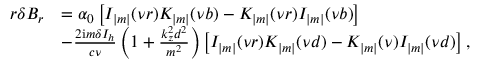
\begin{array} { r } { \begin{array} { r l } { r \delta B _ { r } } & { = \alpha _ { 0 } \left[ I _ { | m | } ( \nu r ) K _ { | m | } ( \nu b ) - K _ { | m | } ( \nu r ) I _ { | m | } ( \nu b ) \right] } \\ & { - \frac { 2 \mathrm { i } m \delta I _ { h } } { c \nu } \left( 1 + \frac { k _ { z } ^ { 2 } d ^ { 2 } } { m ^ { 2 } } \right) \left[ I _ { | m | } ( \nu r ) K _ { | m | } ( \nu d ) - K _ { | m | } ( \nu ) I _ { | m | } ( \nu d ) \right] , } \end{array} } \end{array}